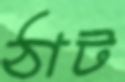
ঠাট